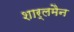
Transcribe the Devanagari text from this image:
शार्लमैन